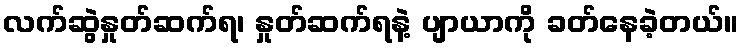
လက်ဆွဲနှုတ်ဆက်ရ၊ နှုတ်ဆက်ရနဲ့ ပျာယာကို ခတ်နေခဲ့တယ်။